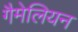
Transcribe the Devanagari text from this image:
गैमेलियन